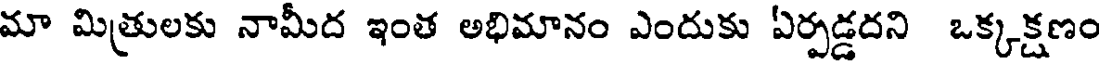
మా మిత్రులకు నామీద ఇంత అభిమానం ఎందుకు ఏర్పడ్డదని ఒక్కక్షణం